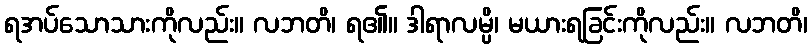
ရအပ်သောသားကိုလည်း။ လဘတိ၊ ရ၏။ ဒါရာလမ္ပိ၊ မယားရခြင်းကိုလည်း။ လဘတိ၊